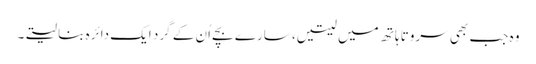
وہ جب بھی سروتا ہاتھ میں لیتیں، سارے بچے اُن کے گرد ایک دائرہ بنا لیتے۔